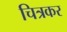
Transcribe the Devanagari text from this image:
चित्रकर